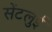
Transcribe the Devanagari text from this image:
सेंटलुई